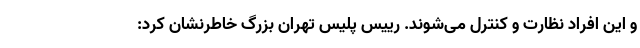
و این افراد نظارت و کنترل می‌شوند. رییس پلیس تهران بزرگ خاطرنشان کرد: